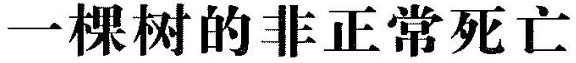
一棵树的非正常死亡